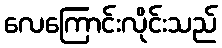
လေကြောင်းလိုင်းသည်